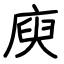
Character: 庾